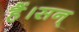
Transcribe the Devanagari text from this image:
हैं।सन्